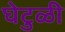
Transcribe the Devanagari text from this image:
घेटुळी